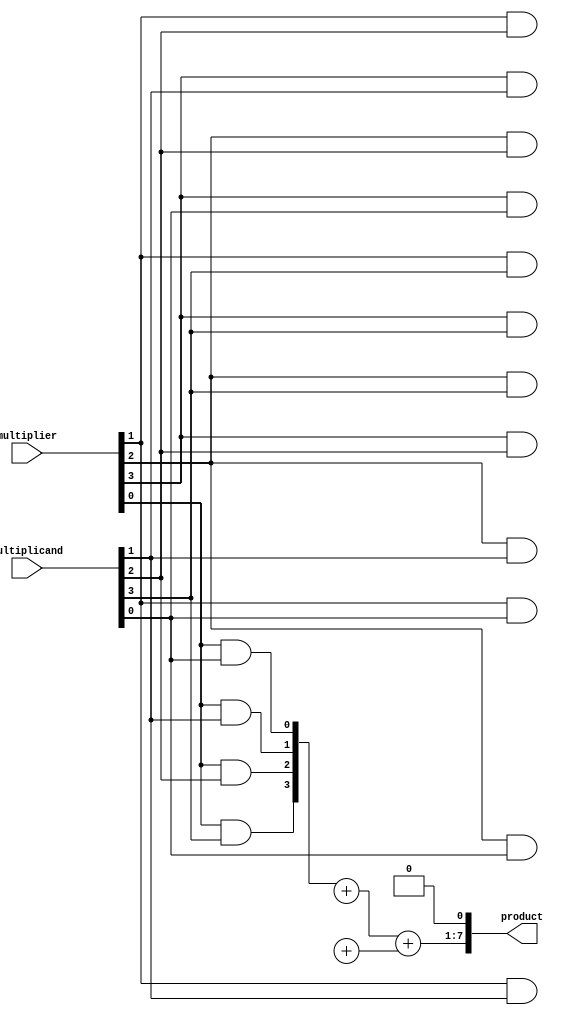
module Baugh_Wooley_Multiplier (
  input [3:0] multiplier,
  input [3:0] multiplicand,
  output [7:0] product
);

// Partial Product Generator
wire [7:0] partial_products [3:0];
genvar i, j;
generate
  for (i = 0; i < 4; i = i + 1) begin
    for (j = 0; j < 4; j = j + 1) begin
      assign partial_products[i][j+i] = multiplier[i] & multiplicand[j];
    end
  end
endgenerate

// Carry-Save Adder Tree
wire [7:0] sum_1, sum_2, sum_3;
assign sum_1 = partial_products[0] + partial_products[1];
assign sum_2 = partial_products[2] + partial_products[3];
assign sum_3 = sum_1 + sum_2;

// Final Adder
wire [8:0] final_product;
assign final_product = {sum_3, 1'b0};

// Result Formatter
assign product = final_product;

endmodule